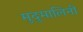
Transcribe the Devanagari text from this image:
मुदुमालिनी